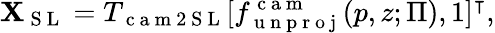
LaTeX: \mathbf{X}_{\mathrm{{~S~L~}}}=T_{\mathrm{{~c~a~m~2~S~L~}}}[f_{\mathrm{{~u~n~p~r~o~j~}}}^{\mathrm{{~c~a~m~}}}(p,z;\Pi),1]^{\intercal},